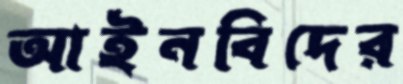
আইনবিদের